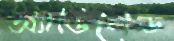
অ্যাডিলেড